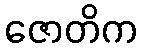
ဇောတိက